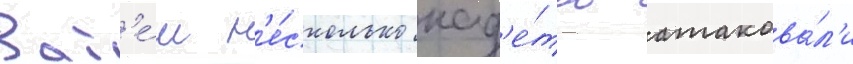
Зат'е́м н'е́сколько кад'е́тов атакова́л'и